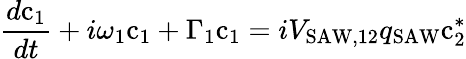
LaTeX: \frac{d\mathrm{c}_{1}}{dt}+i\omega_{1}\mathrm{c}_{1}+\Gamma_{1}\mathrm{c}_{1}=iV_{\mathrm{SAW},12}q_{\mathrm{SAW}}\mathrm{c}_{2}^{*}